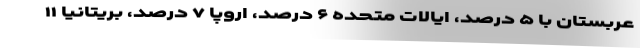
عربستان با ۵ درصد، ایالات متحده ۶ درصد، اروپا ۷ درصد، بریتانیا ۱۱